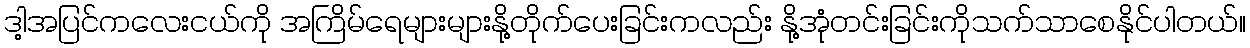
ဒါ့အပြင်ကလေးငယ်ကို အကြိမ်ရေများများနို့တိုက်ပေးခြင်းကလည်း နို့အုံတင်းခြင်းကိုသက်သာစေနိုင်ပါတယ်။